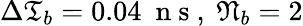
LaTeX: \Delta\mathfrak{T}_{b}=0.04\ \mathrm{~n~s~},\ \mathfrak{N}_{b}=2